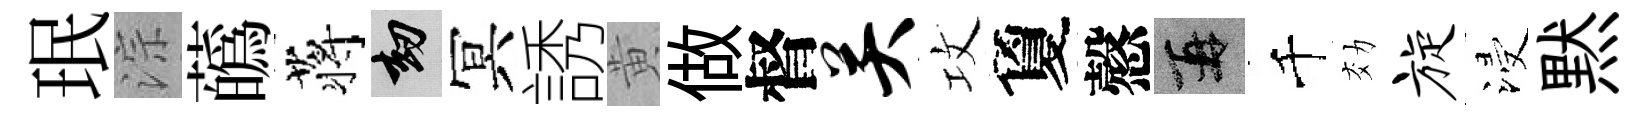
珉淙蘤蒋劫冥誘黄做督关攻夐慤再千効旋浸黙